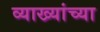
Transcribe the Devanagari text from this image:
व्याख्यांच्या